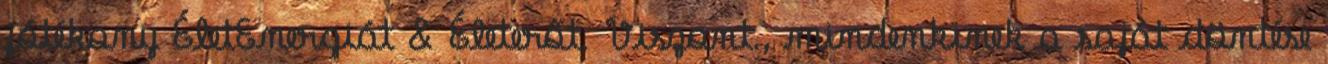
jótékony ÉletEnergiát & Életerőt. Viszont., mindenkinek a saját döntése